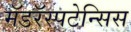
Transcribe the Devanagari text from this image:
मॅडरॅस्पटेन्सिस